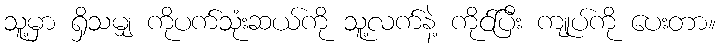
သူ့မှာ ရှိသမျှ ကိုပက်သုံးဆယ်ကို သူ့လက်နဲ့ ကိုင်ပြီး ကျုပ်ကို ပေးတာ။